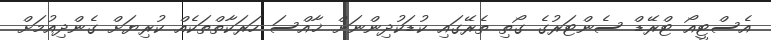
އެސްޓީއޯ ޓްރޭޑް ސެންޓަރުގެ ގޯތި ތެރޭގައި ކުޑަކުދިންނަށް ޚާއްސަ ހަރަކާތްތަކެއް ކުރިޔަށް ގެންދިއުމަށް